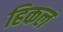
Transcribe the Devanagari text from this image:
हिकल